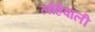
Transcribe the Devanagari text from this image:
लोहेवाली